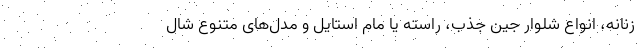
زنانه، انواع شلوار جین جذب، راسته یا مام استایل و مدل‌های متنوع شال